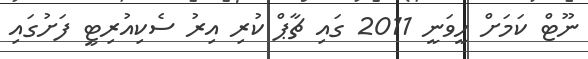
ނޫޓް ކަމަށް ހީވަނީ 2011 ގައި ޗާޕް ކުރި އިރު ސެކިއުރިޓީ ފަށުގައި